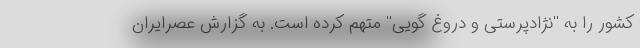
کشور را به ''نژادپرستی و دروغ گویی'' متهم کرده است. به گزارش عصرایران